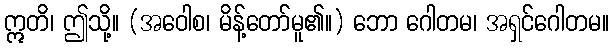
ဣတိ၊ ဤသို့။ (အဝေါစ၊ မိန့်တော်မူ၏။) ဘော ဂေါတမ၊ အရှင်ဂေါတမ။